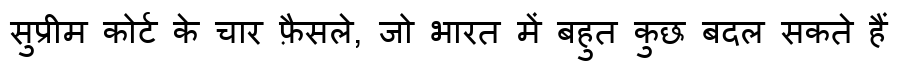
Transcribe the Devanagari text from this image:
सुप्रीम कोर्ट के चार फ़ैसले, जो भारत में बहुत कुछ बदल सकते हैं